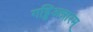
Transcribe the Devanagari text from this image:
गड्डिअन्नारम्